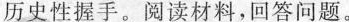
历史性握手。阅读材料，回答问题。